Annual report of the Punjab Veterinary College and of the Civil Veterinary Department, Punjab - 1920-1925
Year: 1920
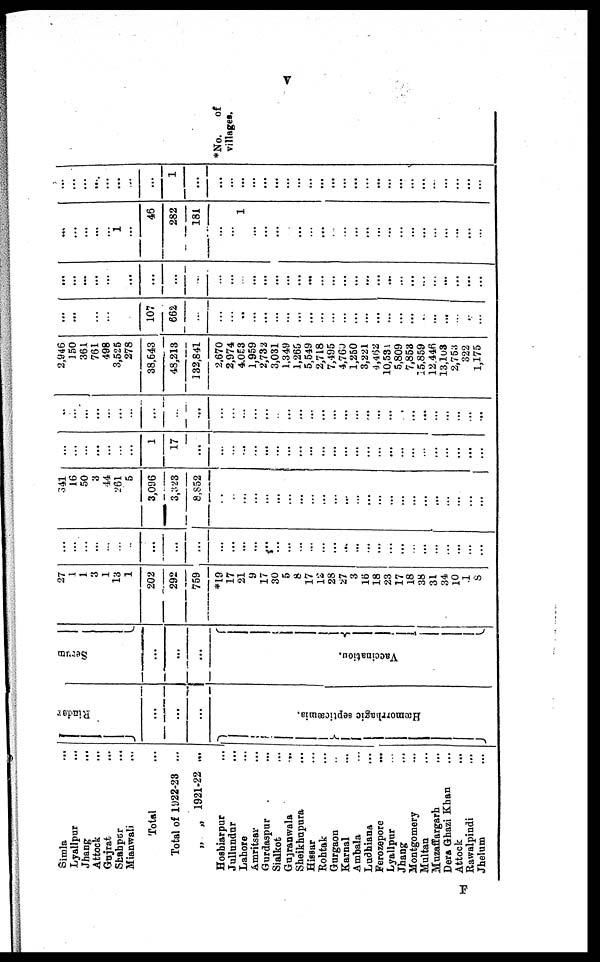
V
Simla
...
Lyallpur ...
Jhang ...
Attock ...
Gujrat ...
Shahpur ...
Mianwali ...
Total
Total of 1922-23 ...
„ „ 1921-22 ...
Hoshiarpur ...
Jullundur ...
Lahore ...
Amritsar ...
Gurdaspur ...
Sialkot ...
Gujranwala
...
Sheikhupura ...
Hissar ...
Rohtak ...
Gurgaon ...
Karnal ...
Ambala ...
Ladhiana
...
Ferozepore ...
Lyallpur ...
Jhang ...
Montgomery
Multan ...
Muzaffargarh ...
Dera Ghazi Khan ...
Attock ...
Rawalpindi ...
Jhelum ...
Rinder
...
...
...
Hæmorrlagic septicæmia.
Serum
...
...
...
Vaccination.
27
3
1
13
1
202
292
759
*19
17
21
9
17
30
5
8
17
12
28
27
3
16
18
23
17
18
38
31
34
10
.1
8
...
...
...
...
...
..
...
...
...
...
...
...
...
...
...
...
...
...
...
...
...
...
...
...
...
...
... ...
.....
...
...
...
341
16
50
3
44
261
5
3,096
3,323
8,852
..
...
...
...
...
...
...
...
...
...
...
...
...
...
...
...
...
...
...
...
...
...
...
...
...
...
...
...
1
17
...
...
...
...
...
...
...
...
...
...
...
...
...
...
...
...
...
...
...
...
...
...
...
..
...
...
...
...
...
...
...
...
...
...
...
...
...
...
...
...
...
...
...
..
......
...
...
...
...
...
...
...
2,946
150
361
761
498
3,525
278
38,643
48,213
132,841
2,670
2,974
4.053
1,959
2,732
3,031
1,349
1,265
5,549
2,718
7,495
4,765
1,250
3,221
4,462
10,531
5,809
7,853
15,859
12,446
13,103
2,753
322
1,175
...
...
107
662
...
...
..
...
...
...
...
...
...
...
...
...
...
...
...
...
...
...
...
...
...
...
...
...
...
...
...
...
...
...
...
...
...
...
...
...
...
...
...
...
...
...
...
...
...
...
...
...
...
...
...
...
...
1
...
46
282
181
...
... 1
...
...
...
...
...
...
...
...
...
...
...
...
...
...
...
....
...
...
...
...
...
...
...
...
...
1
...
...
...
...
...
...
...
...
...
...
...
...
...
...
...
...
...
...
...
...
*No.
of
villages.
I?